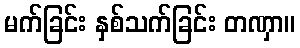
မက်ခြင်း နှစ်သက်ခြင်း တဏှာ။